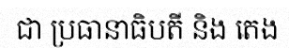
ជា ប្រធានាធិបតី និង តេង